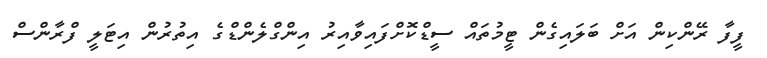
ފީފާ ރޭންކިން އަށް ބަލައިގެން ޓީމުތައް ސީޑްކޮށްފައިވާއިރު އިންގްލެންޑްގެ އިތުރުން އިޓަލީ ފްރާންސް